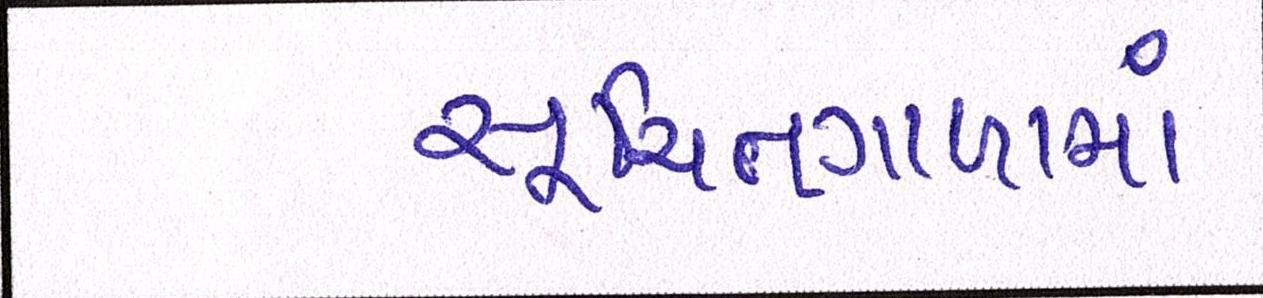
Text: સૂચિતગાળામાં